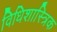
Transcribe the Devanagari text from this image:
विधिशास्त्रिक